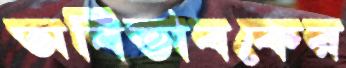
অবিভাবকের